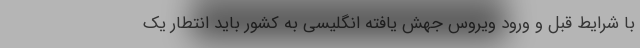
با شرایط قبل و ورود ویروس جهش یافته انگلیسی به کشور باید انتطار یک‌